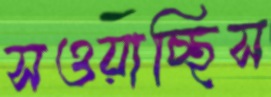
সওয়াচ্ছিস